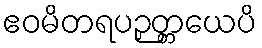
ဧဝမိတရပဉှတ္တယေပိ